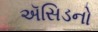
ઍસિડનો